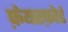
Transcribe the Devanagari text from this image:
फ़ेयरफ़ोर्ड